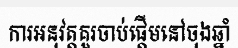
ការអនុវត្តគួរចាប់ផ្តើមនៅចុងឆ្នាំ